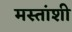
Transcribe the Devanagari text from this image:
मस्तांशी